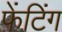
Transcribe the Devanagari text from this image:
फेंटिंग